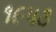
૧૯૫૩